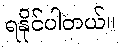
ရနိုင်ပါတယ်။